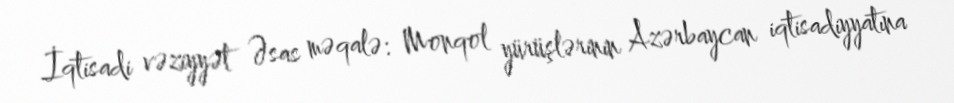
İqtisadi vəziyyət Əsas məqalə: Monqol yürüşlərinin Azərbaycan iqtisadiyyatına